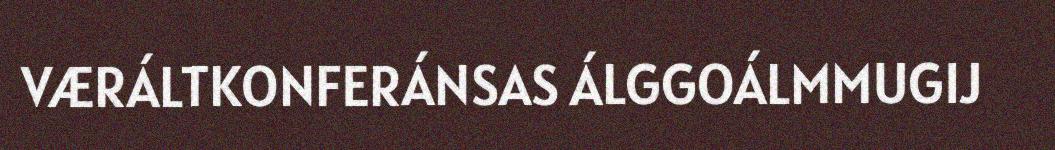
VÆRÁLTKONFERÁNSAS ÁLGGOÁLMMUGIJ